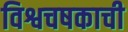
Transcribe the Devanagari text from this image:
विश्वचषकाची